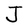
Character: J